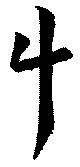
斗